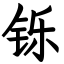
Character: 铄